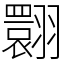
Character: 翾